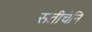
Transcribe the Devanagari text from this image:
सतीचेनि